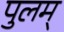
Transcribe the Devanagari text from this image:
पुलम्